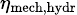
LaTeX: \scriptstyle\eta_{\mathrm{mech,hydr}}